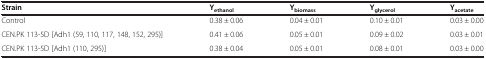
<table><thead><tr><td><b>Strain</b></td><td><b>Y<sub>ethanol</sub></b></td><td><b>Y<sub>biomass</sub></b></td><td><b>Y<sub>glycerol</sub></b></td><td><b>Y<sub>acetate</sub></b></td></tr></thead><tbody><tr><td>Control</td><td>0.38 ± 0.06</td><td>0.04 ± 0.01</td><td>0.10 ± 0.01</td><td>0.03 ± 0.00</td></tr><tr><td>CEN.PK 113-5D [Adh1 (59, 110, 117, 148, 152, 295)]</td><td>0.41 ± 0.06</td><td>0.05 ± 0.01</td><td>0.09 ± 0.02</td><td>0.03 ± 0.01</td></tr><tr><td>CEN.PK 113-5D [Adh1 (110, 295)]</td><td>0.38 ± 0.04</td><td>0.05 ± 0.01</td><td>0.08 ± 0.01</td><td>0.03 ± 0.00</td></tr></tbody></table>